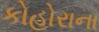
કોહોરાના